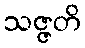
သဇ္ဇတိ